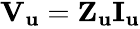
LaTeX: \begin{array}{r}{{{\mathbf{V}}_{\mathbf{u}}}={{\mathbf{Z}}_{\mathbf{u}}}{{\mathbf{I}}_{\mathbf{u}}}}\end{array}